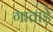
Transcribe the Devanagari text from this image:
गाताड़े